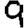
Digit: 9